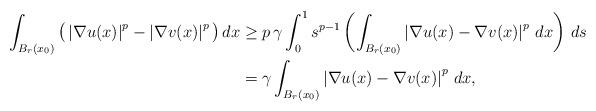
LaTeX: \begin{align*}\int_{B_r(x_0)}\big(\left|\nabla u(x)\right|^p-\left|\nabla v(x)\right|^p\big)\,dx&\ge p\,\gamma\int_0^1 {s}^{p-1}\left(\int_{B_r(x_0)}\left|\nabla u(x)-\nabla v(x)\right|^p \,dx\right)\,ds\\&=\gamma \int_{B_r(x_0)}\left|\nabla u(x)-\nabla v(x)\right|^p\,dx,\end{align*}